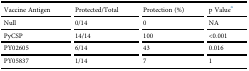
| Vaccine Antigen | Protected/Total | Protection (%) | p Valuea |
 | --- | --- | --- | --- |
 | Null | 0/14 | 0 | NA |
 | PyCSP | 14/14 | 100 | <0.001 |
 | PY02605 | 6/14 | 43 | 0.016 |
 | PY05837 | 1/14 | 7 | 1 |